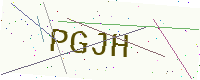
Text: PGJH